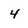
Character: 4